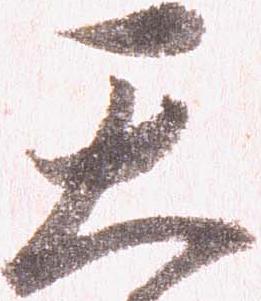
天